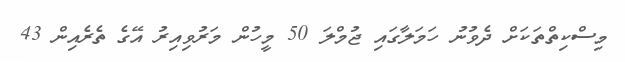
މިސްކިތްތަކަށް ދެވުނު ހަމަލާގައި ޖުމްލަ 50 މީހުން މަރުވިއިރު އޭގެ ތެރެއިން 43